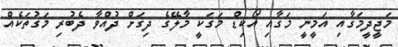
މަޖީދީމަގާއި އަމީނީ މަގާއި އޯކިޑް މަގަކީ މާލޭގެ ދިގަށް ދުއްވާ ދެބުރި މަގުތަކެއް